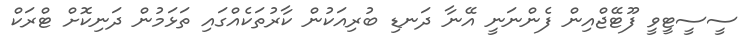
ސީސީޓީވީ ފޫޓޭޖްއިން ފެންނަނީ އޭނާ ދަނޑި ބުރިއަކުން ކާރުތަކެއްގައި ތަޅަމުން ދަނިކޮށް ޓްރަކް